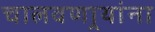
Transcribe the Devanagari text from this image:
चालवणार्‍यांना